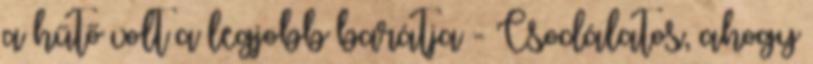
a hűtő volt a legjobb barátja - Csodálatos, ahogy